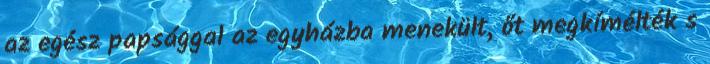
az egész papsággal az egyházba menekült, őt megkímélték s